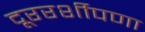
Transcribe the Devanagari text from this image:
दूररर्शीपणा